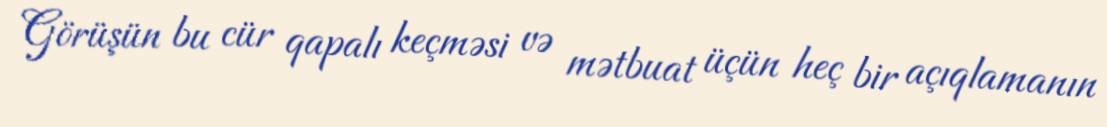
Görüşün bu cür qapalı keçməsi və mətbuat üçün heç bir açıqlamanın